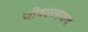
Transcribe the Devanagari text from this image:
जीवतत्ववाद